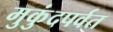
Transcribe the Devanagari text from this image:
मुकुंदपर्वत